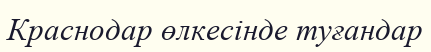
Краснодар өлкесінде туғандар